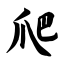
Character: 爬